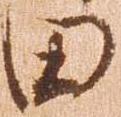
田